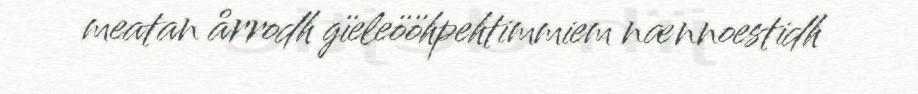
meatan årrodh gïeleööhpehtimmiem nænnoestidh